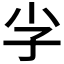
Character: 𮱡